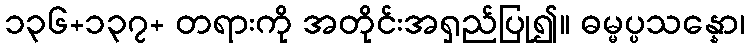
၁၃၆+၁၃၇+ တရားကို အတိုင်းအရှည်ပြု၍။ ဓမ္မပ္ပသန္နော၊